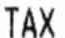
TAX